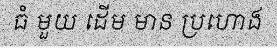
ធំ មួយ ដើម មាន ប្រហោង